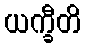
ယက္ခီတိ